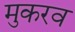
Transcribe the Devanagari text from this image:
मुकरव